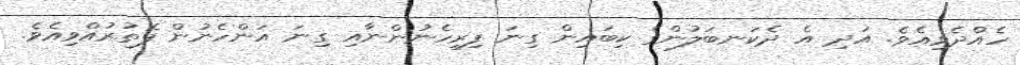
ހެއްދެވިއެވެ. އަދި އެ ދެކަނބަލުންގެ ކިބައިން ގިނަ ފިރިހެނުންނާއި ގިނަ އަންހެނުން ފެތުރުއްވިއެވެ.